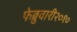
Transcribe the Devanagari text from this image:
फेब्रुवारी२०१०